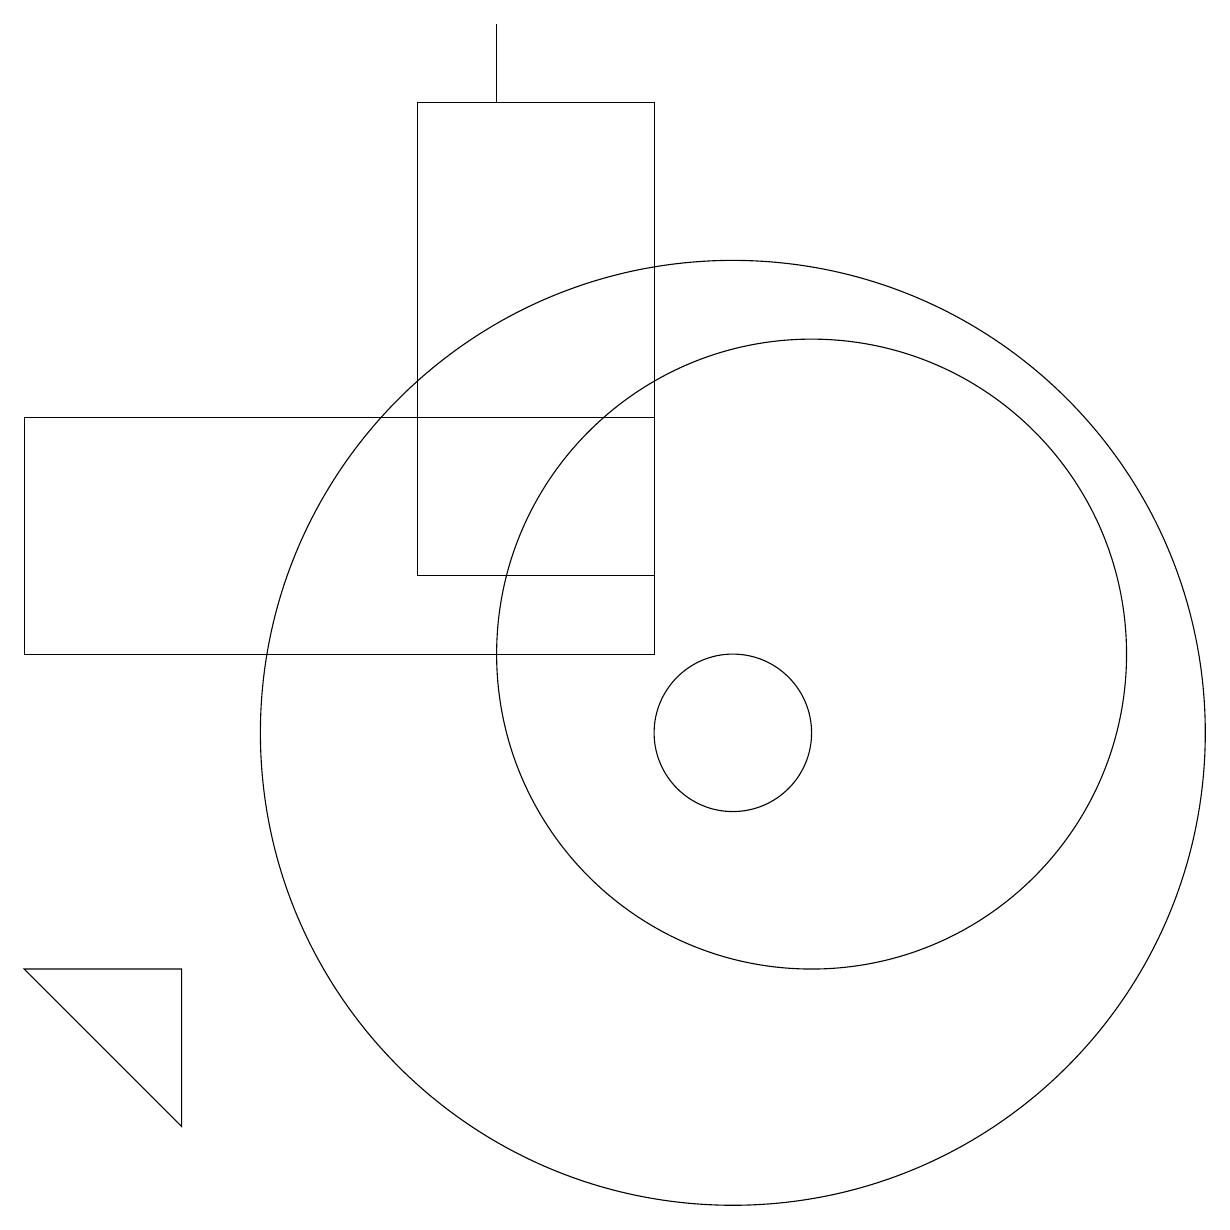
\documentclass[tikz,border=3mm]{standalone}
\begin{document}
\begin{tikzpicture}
\draw (6,18) rectangle (9,12);
\draw (10,10) circle (1);
\draw (10,10) circle (6);
\draw (11,11) circle (4);
\draw (7,19) rectangle (7,18);
\draw (1,11) rectangle (9,14);
\draw (3,7) -- (3,5) -- (1,7) -- cycle;
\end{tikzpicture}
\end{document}